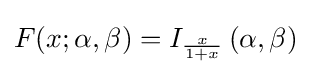
F(x;\alpha ,\beta )=I_{\frac {x}{1+x}}\left(\alpha ,\beta \right)